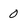
Character: 0